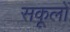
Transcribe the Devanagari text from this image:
सकूलों